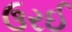
ઉરઈ